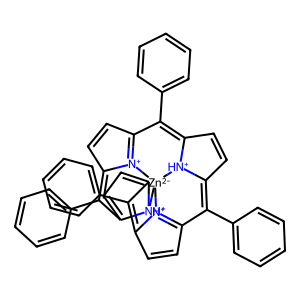
SMILES: C1=CC2=[N+]3C1=C(c1ccccc1)C1=CC=C4C(c5ccccc5)=C5C=CC6=[N+]5[Zn-2]3([NH+]14)[NH+]1C(=C2c2ccccc2)C=CC1=C6c1ccccc1
Inhibits HIV replication: No